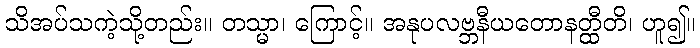
သိအပ်သကဲ့သို့တည်း။ တသ္မာ၊ ကြောင့်။ အနုပလဗ္ဘနီယတောနတ္ထီတိ၊ ဟူ၍။